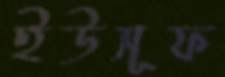
ইউসূফ